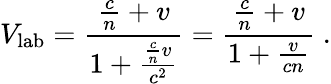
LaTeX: V_{\mathrm{lab}}={\frac{{\frac{c}{n}}+v}{1+{\frac{{\frac{c}{n}}v}{c^{2}}}}}={\frac{{\frac{c}{n}}+v}{1+{\frac{v}{cn}}}}\ .